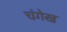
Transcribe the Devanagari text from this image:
चंगेख